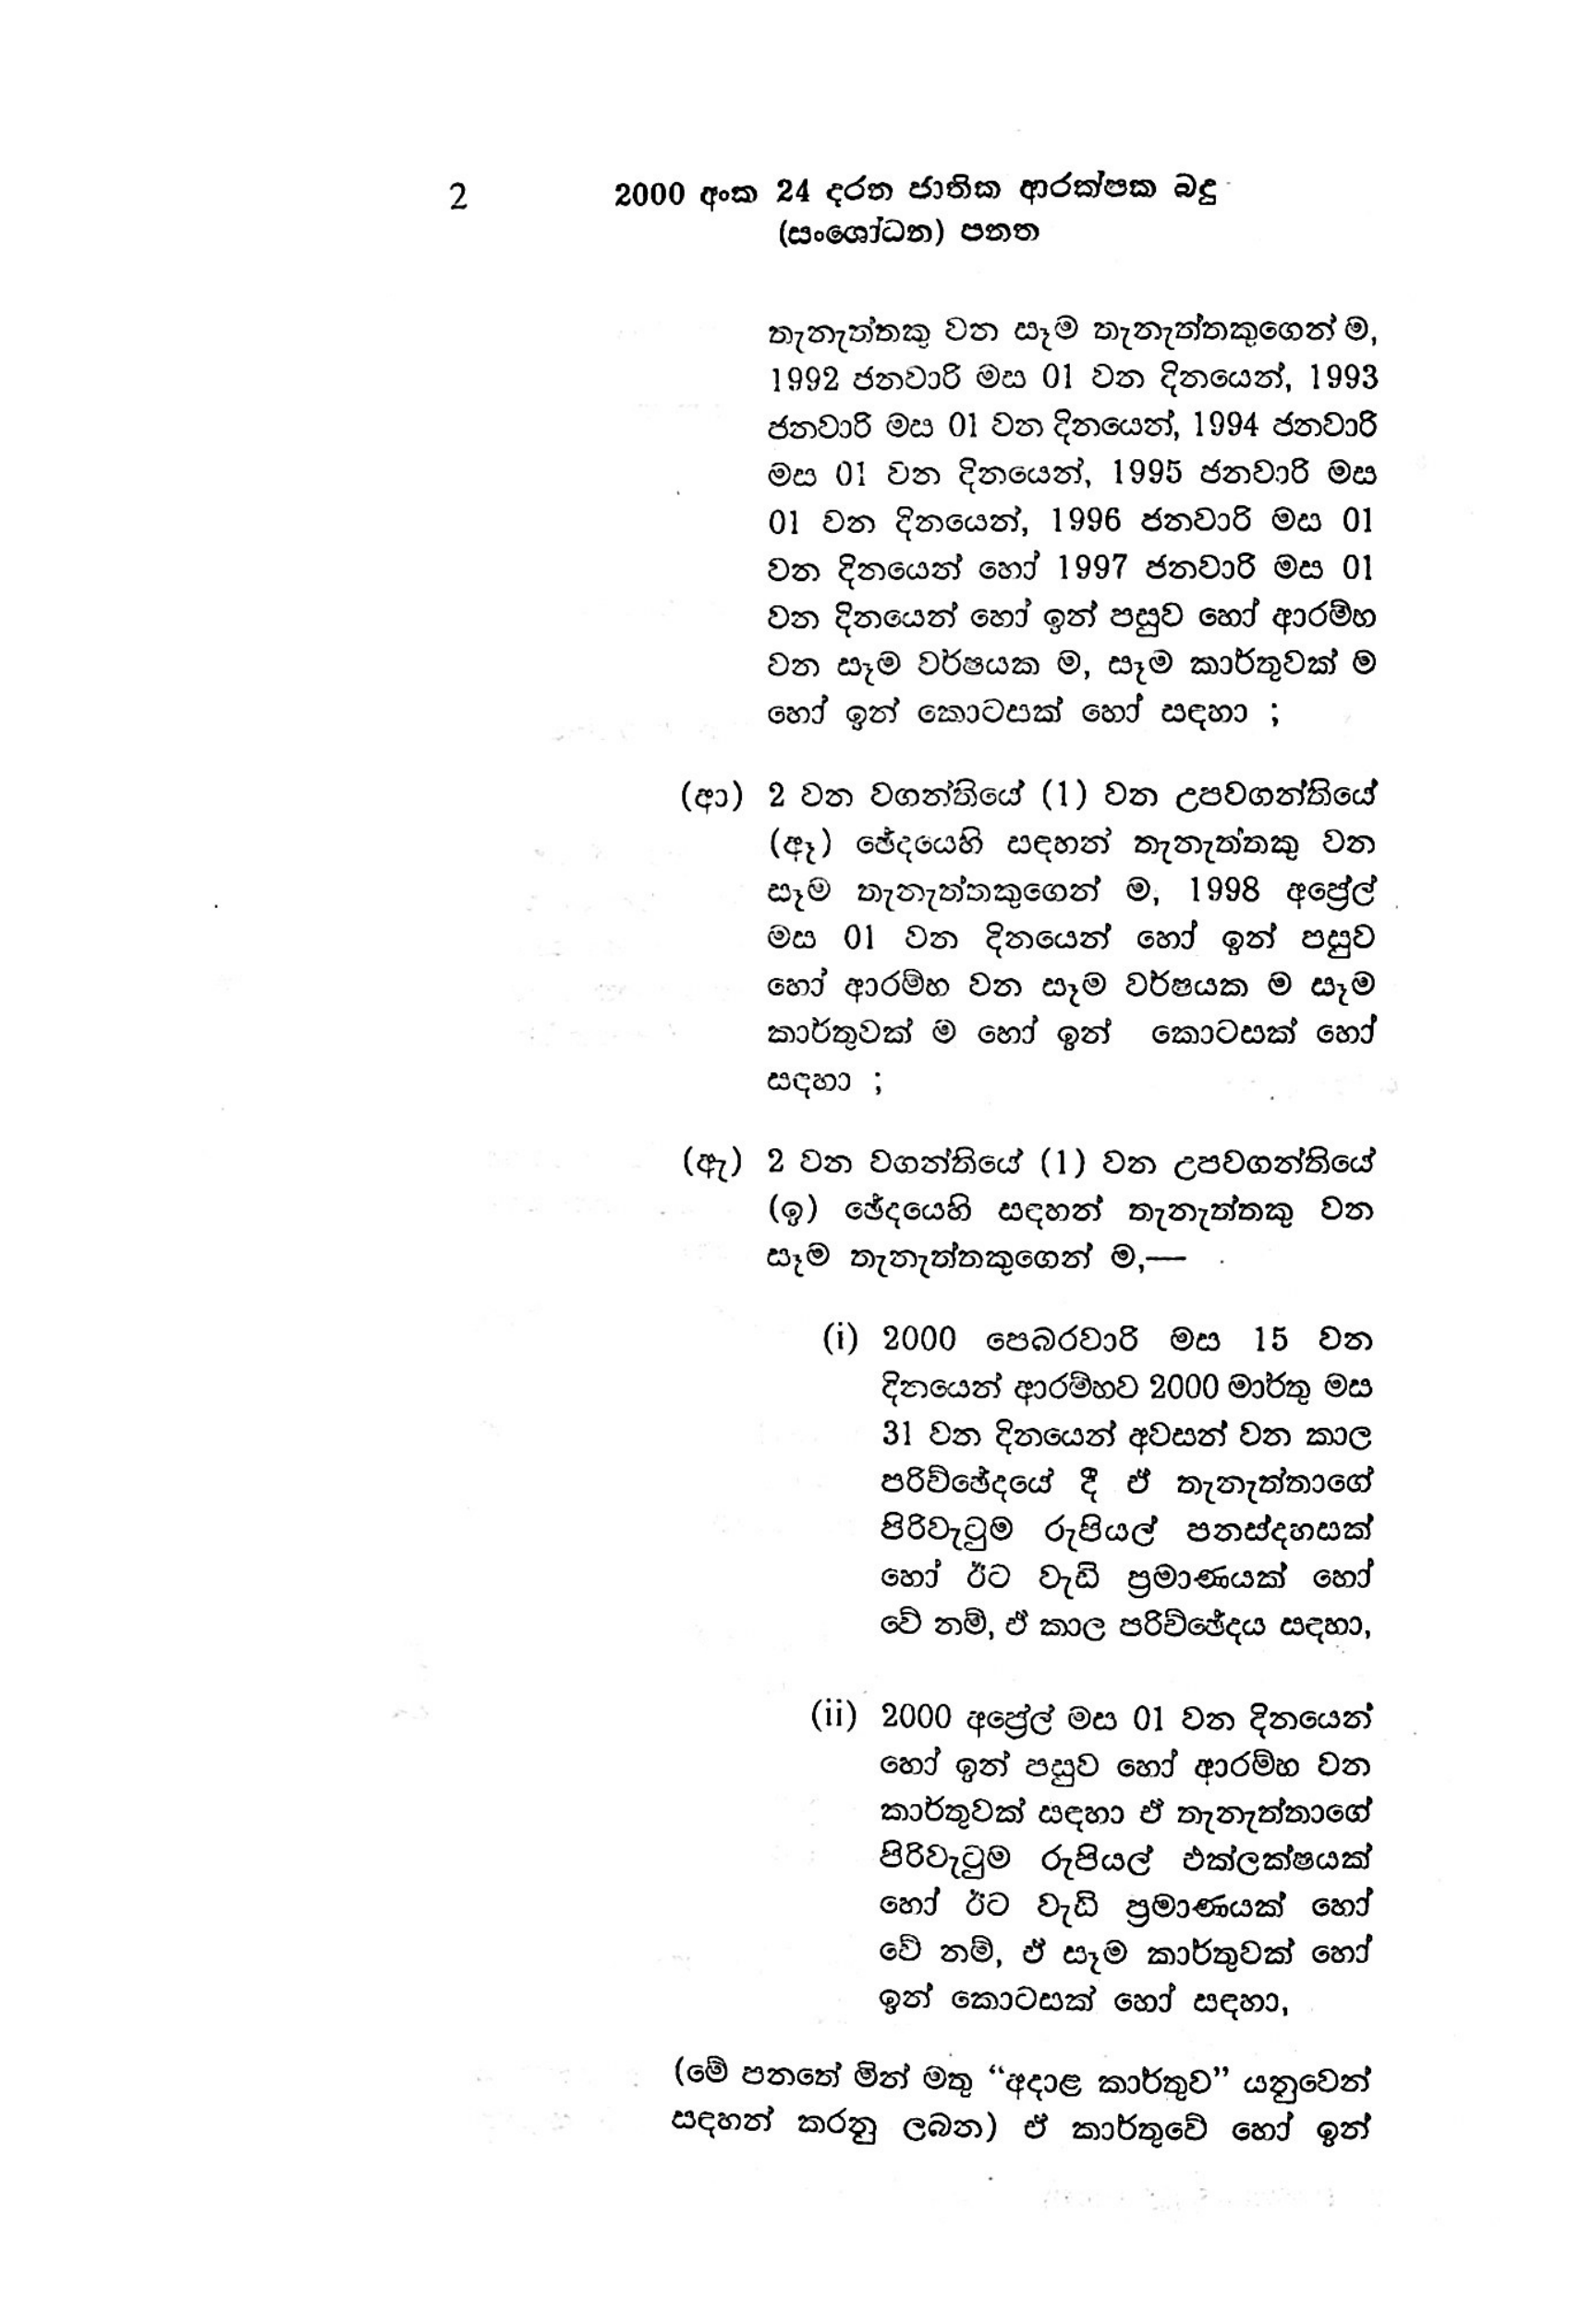
2 2000 අංක 24 දරන ජාතික ආරක්ෂක බදු
(සංශෝධන) පනත

තැනැත්තකු වන සෑම තැනැත්තකුගෙන් ම,
1992 ජනවාරි මස 01 වන දිනයෙන්, 1993
ජනවාරි මස 01 වන දිනයෙන්, 1994 ජනවාරි
මස 01 වන දිනයෙන්, 1995 ජනවාරි මස
01 වන දිනයෙන්, 1996 ජනවාරි මස 01
වන දිනයෙන් හෝ 1997 ජනවාරි මස 01
වන දිනයෙන් හෝ ඉන් පසුව හෝ ආරම්භ
වන සෑම වර්ෂයක ම, සෑම කාර්තුවක් ම
හෝ ඉන් කොටසක් හෝ සඳහා ;

(ආ) 2 වන වගන්තියේ (1) වන උපවගන්තියේ
(ඈ ) ඡේදයෙහි සඳහන් තැනැත්තකු වන
සෑම තැනැත්තකුගෙන් ම, 1998 අප්‍රේල්
මස 01 වන දිනයෙන් හෝ ඉන් පසුව
හෝ ආරම්භ වන සෑම වර්ෂයක ම සෑම
කාර්තුවක් ම හෝ ඉන් කොටසක් හෝ
සඳහා ;

(ඇ) 2 වන වගන්තියේ (1) වන උපවගන්තියේ
(ඉ) ඡේදයෙහි සඳහන් තැනැත්තකු වන
සෑම තැනැත්තකුගෙන් ම,—

(i) 2000 පෙබරවාරි මස 15 වන
දිනයෙන් ආරම්භව 2000 මාර්තු මස
31 වන දිනයෙන් අවසන් වන කාල
පරිච්ඡේදයේ දී ඒ තැනැත්තාගේ
පිරිවැටුම රුපියල් පනස්දහසක්
හෝ ඊට වැඩි ප්‍රමාණයක් හෝ
වේ නම්, ඒ කාල පරිච්ඡේදය සඳහා,

(ii) 2000 අප්‍රේල් මස 01 වන දිනයෙන්
හෝ ඉන් පසුව හෝ ආරම්භ වන
කාර්තුවක් සඳහා ඒ තැනැත්තාගේ
පිරිවැටුම රුපියල් එක්ලක්ෂයක්
හෝ ඊට වැඩි ප්‍රමාණයක් හෝ
වේ නම්, ඒ සෑම කාර්තුවක් හෝ
ඉන් කොටසක් හෝ සඳහා,

(මේ පනතේ මින් මතු “අදාළ කාර්තුව” යනුවෙන්
සඳහන් කරනු ලබන) ඒ කාර්තුවේ හෝ ඉන්